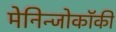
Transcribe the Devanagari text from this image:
मेनिन्जोकॉकी